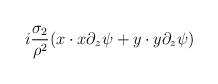
LaTeX: \begin{align*}i\frac{\sigma_2}{\rho^2}(x\cdot x\partial_z\psi+y\cdot y\partial_z\psi)\end{align*}